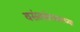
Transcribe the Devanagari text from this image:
वसंतसंपाताच्या